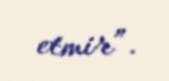
etmir”.